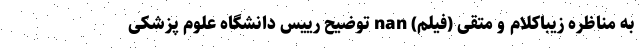
به مناظره زیباکلام و متقی (فیلم) nan توضیح رییس دانشگاه علوم پزشکی